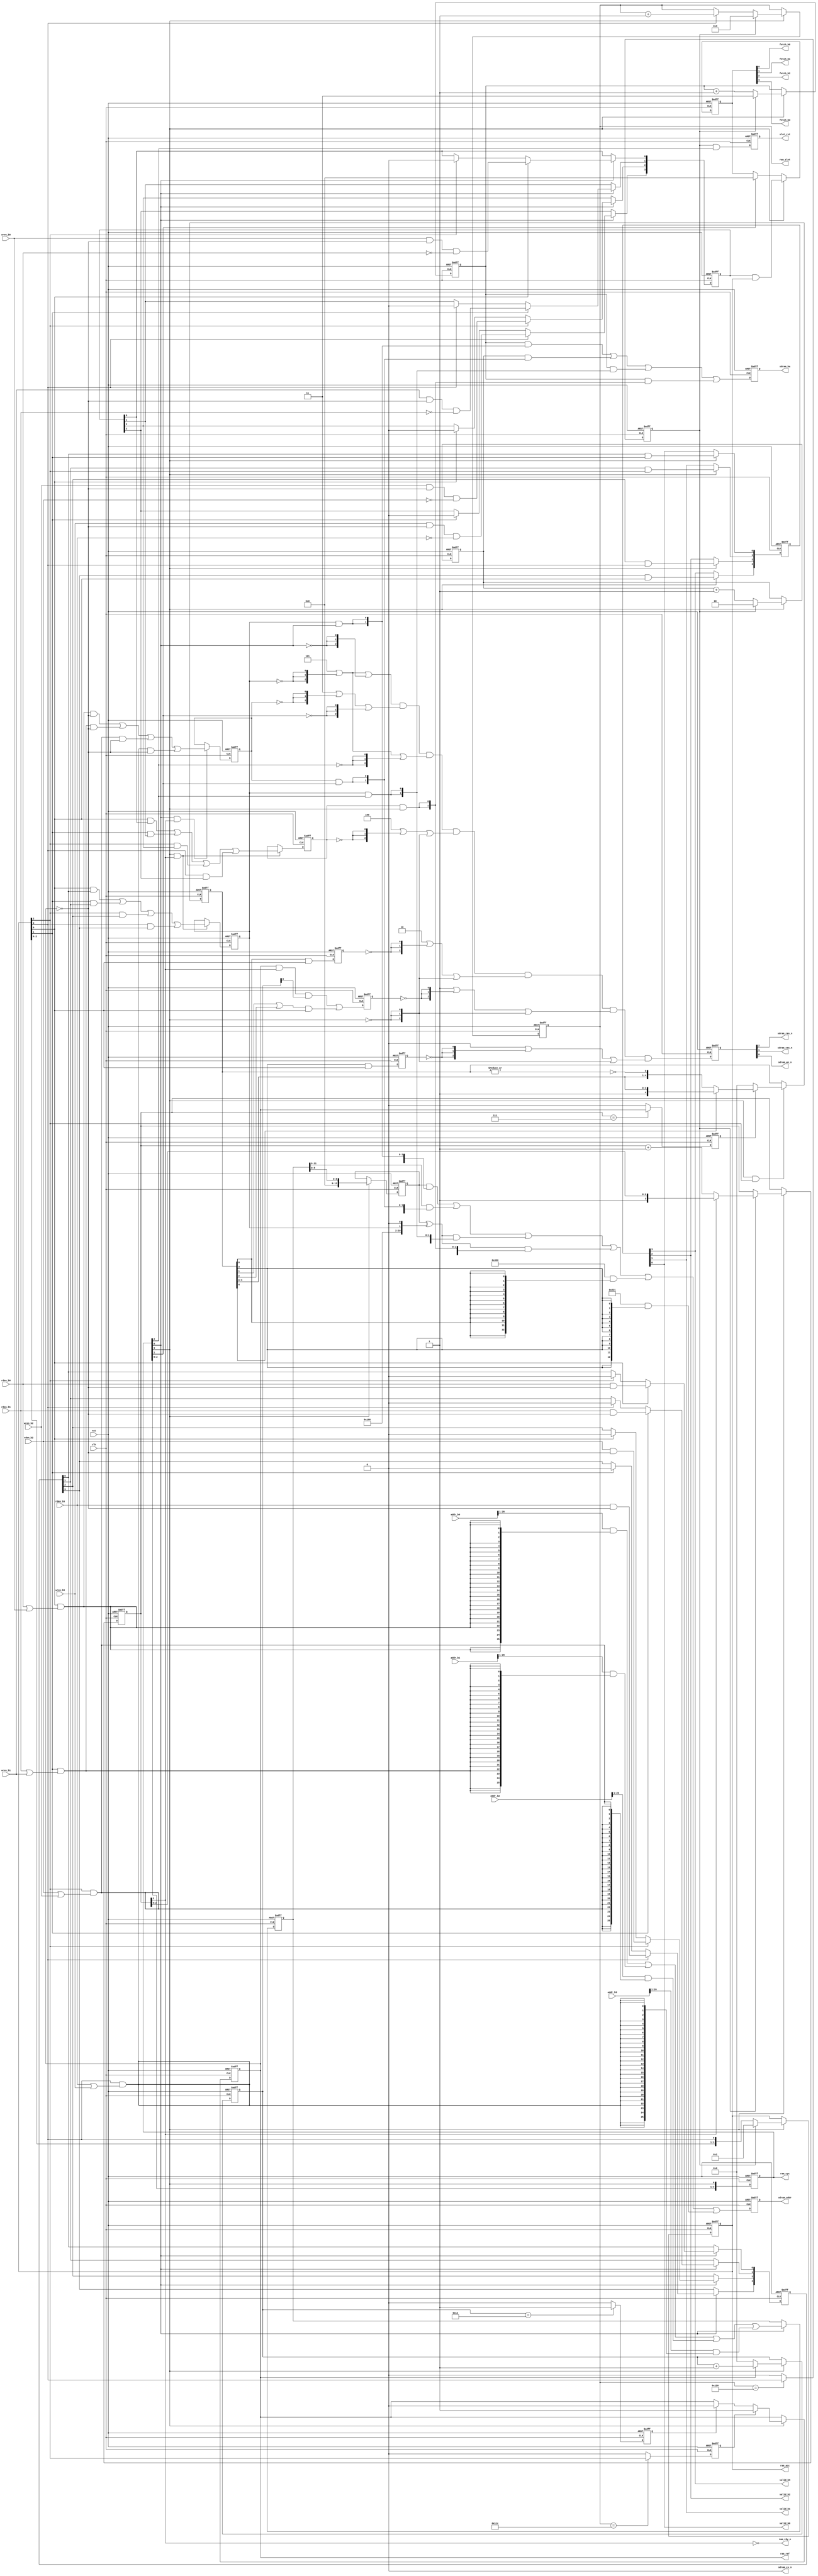
module sdram_cmd_gen
(
    //-----------------------------
    // Clock and reset
    //-----------------------------
    input             rst,         // Global reset
    input             clk,         // Master clock (72 MHz)
    
    output            ram_rdy_n,   // SDRAM ready
    output            ram_ref,     // SDRAM refresh
    output      [3:0] ram_cyc,     // SDRAM cycle
    output      [3:0] ram_acc,     // SDRAM access
    output      [8:0] ram_slot,    // Slot counter
    output            slot_rst,    // Slot counter reset
    
    //-----------------------------
    // Access bank #0
    //-----------------------------
    input             rden_b0,     // Read enable
    input             wren_b0,     // Write enable
    input      [31:0] addr_b0,     // Address (up to 64 MB)
    output            valid_b0,    // Read data valid
    output            fetch_b0,    // Write data fetch
    
    //-----------------------------
    // Access bank #1
    //-----------------------------
    input             rden_b1,     // Read enable
    input             wren_b1,     // Write enable
    input      [31:0] addr_b1,     // Address (up to 64 MB)
    output            valid_b1,    // Read data valid
    output            fetch_b1,    // Write data fetch
    
    //-----------------------------
    // Access bank #2
    //-----------------------------
    input             rden_b2,     // Read enable
    input             wren_b2,     // Write enable
    input      [31:0] addr_b2,     // Address (up to 64 MB)
    output            valid_b2,    // Read data valid
    output            fetch_b2,    // Write data fetch
    
    //-----------------------------
    // Access bank #3
    //-----------------------------
    input             rden_b3,     // Read enable
    input             wren_b3,     // Write enable
    input      [31:0] addr_b3,     // Address (up to 64 MB)
    output            valid_b3,    // Read data valid
    output            fetch_b3,    // Write data fetch
    
    //-----------------------------
    // SDRAM memory signals
    //-----------------------------
    // Controls
    output            sdram_cs_n,  // SDRAM chip select
    output reg        sdram_ras_n, // SDRAM row address strobe
    output reg        sdram_cas_n, // SDRAM column address strobe
    output reg        sdram_we_n,  // SDRAM write enable
    // Addresses
    output reg  [1:0] sdram_ba,    // SDRAM bank address
    output reg [12:0] sdram_addr   // SDRAM address
);
    // Clock-to-output delay (for simulation)
    parameter Tco_dly        = 4.5;
    // Slot start value for refresh
    parameter SLOT_CTR_REFR  = 284;
    parameter ACC_CTR_REFR   = 2;
    // Number of refreshes per line
    parameter NUM_REFR_LINE  = 9;
    // Start value for slot counter
    parameter SLOT_CTR_START = 3;
    // Stop value for slot & access counters
    parameter SLOT_CTR_STOP  = 288;
    parameter ACC_CTR_STOP   = 3;
    // Number of scan-lines during SDRAM init
    parameter INIT_LINES     = 4;
    // Row addressing (12 - 13)
    parameter SDR_ROW_WIDTH  = 12; // Default : 4096 rows
    // Column addressing (8 - 11)
    parameter SDR_COL_WIDTH  =  9; // Default : 512 words
    // Bus width (8/16/32/64)
    parameter SDR_BUS_WIDTH  = 16; // Default : 16-bit bus
    // Clock frequency in MHz
    parameter SDR_CLOCK_FREQ = 50;
    // Burst length (1, 2, 4, 8)
    parameter SDR_BURST_LEN  = 2;
    
    // Memories layouts :
    // ------------------
    // SDRAM  4M x 32b (128 Mb) : 4 banks x 4096 rows x 256 cols x 32 bits
    // SDRAM  8M x 32b (256 Mb) : 4 banks x 4096 rows x 512 cols x 32 bits
    // SDRAM  8M x 16b (128 Mb) : 4 banks x 4096 rows x 512 cols x 16 bits
    // SDRAM 16M x 16b (256 Mb) : 4 banks x 8192 rows x 512 cols x 16 bits
    
    //=========================================================================
    // SDRAM commands
    //=========================================================================
    
    localparam [2:0]
        CMD_LMR = 3'b000,
        CMD_REF = 3'b001,
        CMD_PRE = 3'b010,
        CMD_ACT = 3'b011,
        CMD_WR  = 3'b100,
        CMD_RD  = 3'b101,
        CMD_BST = 3'b110,
        CMD_NOP = 3'b111;
        
    //=========================================================================
    // SDRAM sequencer control
    //=========================================================================
    
    // Cycles in one access
    reg [3:0] r_ram_cyc;
    // Access in one slot
    reg [3:0] r_ram_acc;
    reg [1:0] r_ba0_ctr;
    reg [1:0] r_ba1_ctr;
    // Slot counter
    reg [8:0] r_slot_ctr;
    // Slot counter clear
    reg       r_slot_clr;
    reg       r_slot_rst;
    // Initialization counter
    reg [3:0] r_init_ctr;
    // Initialization done
    wire      w_init_done = r_init_ctr[3];
    reg       r_refr_ena;
    reg [4:0] r_refr_ctr;
    
    always@(posedge rst or posedge clk) begin : SEQUENCER_CTRL
        reg v_refr_beg; // Start SDRAM refresh
        reg v_refr_end; // Stop SDRAM refresh
        
        if (rst) begin
            r_ram_cyc  <= 4'b0001;
            r_ram_acc  <= 4'b0001;
            r_ba0_ctr  <= 2'd0;
            r_ba1_ctr  <= 2'd3;
            r_slot_ctr <= SLOT_CTR_START[8:0];
            r_slot_clr <= 1'b0;
            r_slot_rst <= 1'b0;
            r_init_ctr <= 4'd8 - INIT_LINES[3:0];
            r_refr_ena <= 1'b0;
            r_refr_ctr <= 5'd0;
            v_refr_beg <= 1'b0;
            v_refr_end <= 1'b0;
        end
        else begin
            // 4 cycles per bank access
            r_ram_cyc <= { r_ram_cyc[2:0], r_ram_cyc[3] };
            
            if (r_ram_cyc[3]) begin
                if (r_slot_clr) begin
                    // End of scan-line
                    r_ram_acc  <= 4'b0001;
                    r_ba0_ctr  <= 2'd0;
                    r_ba1_ctr  <= 2'd3;
                    r_slot_ctr <= SLOT_CTR_START[8:0];
                    // Initialization done after INIT_LINES scan-lines
                    if (!w_init_done) begin
                        r_init_ctr <= r_init_ctr + 4'd1;
                    end
                end
                else begin
                    // 4 bank access per slot
                    r_ram_acc  <= { r_ram_acc[2:0], r_ram_acc[3] };
                    // Manage the bank counters
                    r_ba0_ctr  <= r_ba0_ctr + 2'd1;
                    r_ba1_ctr  <= r_ba1_ctr + 2'd1;
                    // Manage the slot counter
                    if (r_ram_acc[3]) begin
                        r_slot_ctr <= r_slot_ctr + 9'd1;
                    end
                end
                // SDRAM refresh enable / disable
                if (r_refr_ena)
                    r_refr_ctr <= r_refr_ctr + 5'd1;
                else
                    r_refr_ctr <= 5'd0;
                if (v_refr_beg)
                    r_refr_ena <= 1'b1;
                else if (v_refr_end)
                    r_refr_ena <= 1'b0;
            end
            // Slot counter clear comparator
            r_slot_clr <= (r_slot_ctr == SLOT_CTR_STOP[8:0]) ? r_ram_acc[ACC_CTR_STOP[1:0]] : 1'b0;
            
            // Slot counter reset
            r_slot_rst <= r_slot_clr & r_ram_cyc[2];
            // Start SDRAM refresh
            v_refr_beg <= (r_slot_ctr == SLOT_CTR_REFR[8:0]) ? r_ram_acc[ACC_CTR_REFR[1:0]] : 1'b0;
            // Stop SDRAM refresh
            v_refr_end <= (r_refr_ctr == { NUM_REFR_LINE[3:0], 1'b0 }) ? 1'b1 : 1'b0;
        end
    end
    
    assign slot_rst  = r_slot_rst;
    assign ram_ref   = r_refr_ena;
    assign ram_cyc   = r_ram_cyc;
    assign ram_acc   = r_ram_acc;
    assign ram_slot  = r_slot_ctr;
    assign ram_rdy_n = ~w_init_done;
    
    //=========================================================================
    // SDRAM phase generation
    //=========================================================================
    
    reg [3:0] r_rd_act; // Read active for bank #0 - 3
    reg [3:0] r_wr_act; // Write active for bank #0 - 3
    
    reg       r_act_ph; // Activate phase
    reg       r_rd_ph;  // Burst read phase
    reg       r_wr_ph;  // Burst write phase
    reg       r_ref_ph; // Auto-refresh phase
    reg [4:0] r_ini_ph; // Initialization phases
    reg       r_pre_ph; // Precharge phase
    reg       r_lmr_ph; // Load mode register phase
    
    always@(posedge rst or posedge clk) begin : PHASE_GEN
        reg v_init;
    
        if (rst) begin
            r_rd_act <= 4'b0000;
            r_wr_act <= 4'b0000;
            
            r_act_ph <= 1'b0;
            r_rd_ph  <= 1'b0;
            r_wr_ph  <= 1'b0;
            r_ref_ph <= 1'b0;
            r_ini_ph <= 5'b00000;
            r_pre_ph <= 1'b0;
            r_lmr_ph <= 1'b0;
            v_init   <= 1'b0;
        end
        else begin
            if (r_ram_cyc[0]) begin
                // Access port #0 read/write
                if (r_ram_acc[0]) begin
                    r_rd_act[0] <= rden_b0 & ~r_refr_ena;
                    r_wr_act[0] <= wren_b0 & ~r_refr_ena & ~rden_b0;
                end
                else if (r_ram_acc[2]) begin
                    r_rd_act[0] <= 1'b0;
                    r_wr_act[0] <= 1'b0;
                end
                // Access port #1 read/write
                if (r_ram_acc[1]) begin
                    r_rd_act[1] <= rden_b1 & ~r_refr_ena;
                    r_wr_act[1] <= wren_b1 & ~r_refr_ena & ~rden_b1;
                end
                else if (r_ram_acc[3]) begin
                    r_rd_act[1] <= 1'b0;
                    r_wr_act[1] <= 1'b0;
                end
                // Access port #2 read/write
                if (r_ram_acc[2]) begin
                    r_rd_act[2] <= rden_b2 & ~r_refr_ena;
                    r_wr_act[2] <= wren_b2 & ~r_refr_ena & ~rden_b2;
                end
                else if (r_ram_acc[0]) begin
                    r_rd_act[2] <= 1'b0;
                    r_wr_act[2] <= 1'b0;
                end
                // Access port #3 read/write
                if (r_ram_acc[3]) begin
                    r_rd_act[3] <= rden_b3 & ~r_refr_ena;
                    r_wr_act[3] <= wren_b3 & ~r_refr_ena & ~rden_b3;
                end
                else if (r_ram_acc[1]) begin
                    r_rd_act[3] <= 1'b0;
                    r_wr_act[3] <= 1'b0;
                end
            end
            
            if (r_ram_cyc[0] & w_init_done) begin
                // Activate phase
                r_act_ph <= (r_ram_acc[0] & (rden_b0 | wren_b0) & ~r_refr_ena)
                          | (r_ram_acc[1] & (rden_b1 | wren_b1) & ~r_refr_ena)
                          | (r_ram_acc[2] & (rden_b2 | wren_b2) & ~r_refr_ena)
                          | (r_ram_acc[3] & (rden_b3 | wren_b3) & ~r_refr_ena);
            end
            
            if (r_ram_cyc[3] & w_init_done) begin
                // Read phase
                r_rd_ph  <= (r_ram_acc[0] & r_rd_act[0])
                          | (r_ram_acc[1] & r_rd_act[1])
                          | (r_ram_acc[2] & r_rd_act[2])
                          | (r_ram_acc[3] & r_rd_act[3]);
                // Write phase
                r_wr_ph  <= (r_ram_acc[0] & r_wr_act[0])
                          | (r_ram_acc[1] & r_wr_act[1])
                          | (r_ram_acc[2] & r_wr_act[2])
                          | (r_ram_acc[3] & r_wr_act[3]);
            end

            // Initialization phases (0:PRE, 1:REF, 2:REF, 3:LMR)
            if (r_ram_cyc[3] & r_ram_acc[2]) begin
                if (v_init) begin
                    if (!r_ini_ph[4]) begin
                        r_ini_ph <= { r_ini_ph[3:0], ~|r_ini_ph };
                    end
                end
                else begin
                    r_ini_ph <= 5'b00000;
                end
            end
            v_init <= (r_init_ctr == 4'd7) ? r_refr_ena : 1'b0;
            
            // Precharge phase
            r_pre_ph <= r_ini_ph[0] & r_ram_acc[0];
            
            // Refresh phase
            r_ref_ph <= r_refr_ena & w_init_done & r_refr_ctr[0]    // Normal
                      | (r_ini_ph[1] | r_ini_ph[2]) & r_ram_acc[0]; // Initialization
            
            // Load mode register phase
            r_lmr_ph <= r_ini_ph[3] & r_ram_acc[0];
            
        end
    end
    
    //=========================================================================
    // SDRAM address generation
    //=========================================================================
    
    wire [12:0] w_addr_lmr; // Address for LMR command
    reg  [25:0] r_addr_mux; // Up to 64 MB per bank
    reg  [12:0] r_addr_col; // Maximum, 13 address lines
    reg  [12:0] r_addr_sdr; // Maximum, 13 address lines
    reg   [1:0] r_ba_sdr;   // 4 banks
    
    assign w_addr_lmr[12:3] = (SDR_CLOCK_FREQ <= 100)
                            ? 10'b000_1_00_010_0  // WB = 1, Normal Op, CAS = 2, Seq
                            : 10'b000_1_00_011_0; // WB = 1, Normal Op, CAS = 3, Seq
    assign w_addr_lmr[ 2:0] = (SDR_BURST_LEN == 1) ? 3'b000 // BL = 1
                            : (SDR_BURST_LEN == 2) ? 3'b001 // BL = 2
                            : (SDR_BURST_LEN == 4) ? 3'b010 // BL = 4
                            : (SDR_BURST_LEN == 8) ? 3'b011 // BL = 8
                            : 3'b000;
    
    always@(posedge rst or posedge clk) begin : ADDRESS_GEN
        reg [12:0] v_addr_col;
        reg [12:0] v_addr_row;
    
        if (rst) begin
            r_addr_mux <= 26'd0;
            r_addr_col <= 13'd0;
            r_addr_sdr <= 13'd0;
            r_ba_sdr   <= 2'd0;
        end
        else begin
            // Port address multiplexer
            if (r_ram_cyc[0]) begin
                case (SDR_BUS_WIDTH)
                    // 8-bit bus
                    8 : begin
                        r_addr_mux <= addr_b0[25:0] & {26{r_ram_acc[0] & (rden_b0 | wren_b0) }}
                                    | addr_b1[25:0] & {26{r_ram_acc[1] & (rden_b1 | wren_b1) }}
                                    | addr_b2[25:0] & {26{r_ram_acc[2] & (rden_b2 | wren_b2) }}
                                    | addr_b3[25:0] & {26{r_ram_acc[3] & (rden_b3 | wren_b3) }};
                    end
                    // 16-bit bus
                    16 : begin
                        r_addr_mux <= addr_b0[26:1] & {26{r_ram_acc[0] & (rden_b0 | wren_b0) }}
                                    | addr_b1[26:1] & {26{r_ram_acc[1] & (rden_b1 | wren_b1) }}
                                    | addr_b2[26:1] & {26{r_ram_acc[2] & (rden_b2 | wren_b2) }}
                                    | addr_b3[26:1] & {26{r_ram_acc[3] & (rden_b3 | wren_b3) }};
                    end
                    // 32-bit bus
                    32 : begin
                        r_addr_mux <= addr_b0[27:2] & {26{r_ram_acc[0] & (rden_b0 | wren_b0) }}
                                    | addr_b1[27:2] & {26{r_ram_acc[1] & (rden_b1 | wren_b1) }}
                                    | addr_b2[27:2] & {26{r_ram_acc[2] & (rden_b2 | wren_b2) }}
                                    | addr_b3[27:2] & {26{r_ram_acc[3] & (rden_b3 | wren_b3) }};
                    end
                    // 64-bit bus
                    64 : begin
                        r_addr_mux <= addr_b0[28:3] & {26{r_ram_acc[0] & (rden_b0 | wren_b0) }}
                                    | addr_b1[28:3] & {26{r_ram_acc[1] & (rden_b1 | wren_b1) }}
                                    | addr_b2[28:3] & {26{r_ram_acc[2] & (rden_b2 | wren_b2) }}
                                    | addr_b3[28:3] & {26{r_ram_acc[3] & (rden_b3 | wren_b3) }};
                    end
                endcase
            end

            // Column address (for read/write op.)
            if (r_ram_cyc[3]) begin
                r_addr_col <=
                    (SDR_COL_WIDTH ==  8) ? { 5'b0, r_addr_mux[7:0] } :                       //  256 columns
                    (SDR_COL_WIDTH ==  9) ? { 4'b0, r_addr_mux[8:0] } :                       //  512 columns
                    (SDR_COL_WIDTH == 10) ? { 3'b0, r_addr_mux[9:0] } :                       // 1024 columns
                    (SDR_COL_WIDTH == 11) ? { 1'b0, r_addr_mux[10], 1'b0, r_addr_mux[9:0] } : // 2048 columns (we must skip A10)
                    13'd0;
            end
            
            // Row / col address
            v_addr_col = r_addr_col[12:0]
                       ^ { 2'b00, 1'b1, 8'b000000000, r_rd_ph, 1'b0 }; // With auto-precharge
            v_addr_row = (SDR_COL_WIDTH ==  8) ? r_addr_mux[20: 8]
                       : (SDR_COL_WIDTH ==  9) ? r_addr_mux[21: 9]
                       : (SDR_COL_WIDTH == 10) ? r_addr_mux[22:10]
                       : (SDR_COL_WIDTH == 11) ? r_addr_mux[23:11]
                       : 13'd0;
            
            r_addr_sdr <= { r_addr_col[12:0]    } & {13{r_rd_ph  & r_ram_cyc[0]}}  // Read BL2
                        | { v_addr_row[12:0]    } & {13{r_act_ph & r_ram_cyc[1]}}  // Activate row
                        | { v_addr_col[12:0]    } & {13{r_rd_ph  & r_ram_cyc[2]}}  // Read BL2 with AP
                        | { v_addr_col[12:0]    } & {13{r_wr_ph  & r_ram_cyc[3]}}  // Write BL2 with AP
                        | { 13'b00_1_0000000000 } & {13{r_ini_ph[0]            }}  // Init : precharge all
                        | { w_addr_lmr[12:0]    } & {13{r_ini_ph[3]            }}; // Init : load mode register
            
            // Bank address
            r_ba_sdr   <= r_ba1_ctr & {2{r_rd_ph  & r_ram_cyc[0]}}  // Read
                        | r_ba0_ctr & {2{r_act_ph & r_ram_cyc[1]}}  // Activate
                        | r_ba1_ctr & {2{r_rd_ph  & r_ram_cyc[2]}}  // Read with auto-precharge
                        | r_ba1_ctr & {2{r_wr_ph  & r_ram_cyc[3]}}; // Write with auto-precharge
        end
    end
    
    //=========================================================================
    // SDRAM command generation
    //=========================================================================
    
    reg  [2:0] r_cmd_sdr;
        
    always@(posedge rst or posedge clk) begin : COMMAND_GEN
        reg [2:0] v_cmd_act;
        reg [2:0] v_cmd_rd;
        reg [2:0] v_cmd_wr;
        reg [2:0] v_cmd_pre;
        reg [2:0] v_cmd_ref;
        reg [2:0] v_cmd_lmr;
    
        if (rst) begin
            r_cmd_sdr <= CMD_NOP;
        end
        else begin
            v_cmd_act = CMD_ACT | {3{~r_act_ph}};
            v_cmd_rd  = CMD_RD  | {3{~r_rd_ph }};
            v_cmd_wr  = CMD_WR  | {3{~r_wr_ph }};
            v_cmd_pre = CMD_PRE | {3{~r_pre_ph}};
            v_cmd_ref = CMD_REF | {3{~r_ref_ph}};
            v_cmd_lmr = CMD_LMR | {3{~r_lmr_ph}};
            
            r_cmd_sdr <= (v_cmd_rd  | {3{~r_ram_cyc[0]}})
                       & (v_cmd_act | {3{~r_ram_cyc[1]}})
                       & (v_cmd_rd  | {3{~r_ram_cyc[2]}})
                       & (v_cmd_wr  | {3{~r_ram_cyc[3]}})
                       & (v_cmd_pre | {3{~r_ram_cyc[3]}})
                       & (v_cmd_ref | {3{~r_ram_cyc[3]}})
                       & (v_cmd_lmr | {3{~r_ram_cyc[3]}});
        end
    end
    
    assign sdram_cs_n  = 1'b0;
    
    // Command and address
    /* verilator lint_off STMTDLY */
    always@(*) sdram_ras_n = #Tco_dly r_cmd_sdr[2];
    always@(*) sdram_cas_n = #Tco_dly r_cmd_sdr[1];
    always@(*) sdram_we_n  = #Tco_dly r_cmd_sdr[0];
    always@(*) sdram_ba    = #Tco_dly r_ba_sdr;
    always@(*) sdram_addr  = #Tco_dly r_addr_sdr;
    /* verilator lint_on STMTDLY */
    
    //=========================================================================
    // Data valid (read)
    //=========================================================================
    
    reg   [3:0] r_cas2_vld;
    reg   [3:0] r_cas3_vld;
    
    always@(posedge rst or posedge clk) begin : DATA_VALID
    
        if (rst) begin
            r_cas2_vld  <= 4'b0000;
            r_cas3_vld  <= 4'b0000;
        end
        else begin
            if (r_ram_cyc[3]) begin
                r_cas2_vld[0] <= r_rd_act[0] & r_ram_acc[1];
                r_cas2_vld[1] <= r_rd_act[1] & r_ram_acc[2];
                r_cas2_vld[2] <= r_rd_act[2] & r_ram_acc[3];
                r_cas2_vld[3] <= r_rd_act[3] & r_ram_acc[0];
            end
            r_cas3_vld <= r_cas2_vld;
        end
    end
    
    // Access Port #0
    assign valid_b0 = (SDR_CLOCK_FREQ <= 100) ? r_cas2_vld[0] : r_cas3_vld[0];
    
    // Access Port #1
    assign valid_b1 = (SDR_CLOCK_FREQ <= 100) ? r_cas2_vld[1] : r_cas3_vld[1];
    
    // Access Port #2
    assign valid_b2 = (SDR_CLOCK_FREQ <= 100) ? r_cas2_vld[2] : r_cas3_vld[2];
    
    // Access Port #3
    assign valid_b3 = (SDR_CLOCK_FREQ <= 100) ? r_cas2_vld[3] : r_cas3_vld[3];
    
    //=========================================================================
    // Data fetch (write)
    //=========================================================================
    
    reg   [3:0] r_data_fe;
    
    always@(posedge rst or posedge clk) begin : DATA_FETCH
    
        if (rst) begin
            r_data_fe <= 4'b0000;
        end
        else begin
            if (r_ram_cyc[3]) begin
                r_data_fe <= r_wr_act & r_ram_acc;
            end
            else if (r_ram_cyc[1]) begin
                r_data_fe <= 4'b0000;
            end
        end
    end
    
    // Access Port #0
    assign fetch_b0 = r_data_fe[0];
    
    // Access Port #1
    assign fetch_b1 = r_data_fe[1];
    
    // Access Port #2
    assign fetch_b2 = r_data_fe[2];
    
    // Access Port #3
    assign fetch_b3 = r_data_fe[3];
    
endmodule